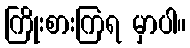
ကြိုးစားကြရ မှာပါ။